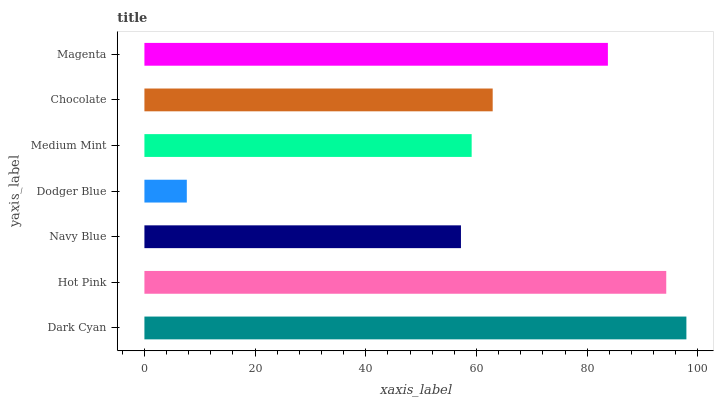
| yaxis_label | bars |
 | --- | --- |
 | Dark Cyan | 97.9 |
 | Hot Pink | 94.3 |
 | Navy Blue | 57.2 |
 | Dodger Blue | 7.66 |
 | Medium Mint | 59.1 |
 | Chocolate | 62.9 |
 | Magenta | 83.7 |